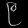
Digit: ၉